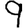
Digit: 9